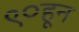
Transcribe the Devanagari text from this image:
९०हून